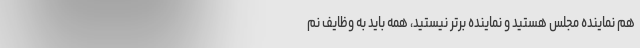
هم نماینده مجلس هستید و نماینده برتر نیستید، همه باید به وظایف نم